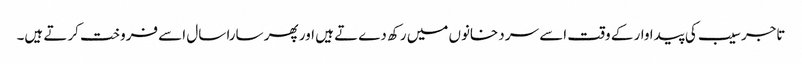
تاجر سیب کی پیدا وار کے وقت اسے سر دخانوں میں رکھ دےتے ہیں اور پھر سارا سال اسے فروخت کرتے ہیں۔